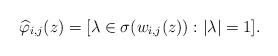
LaTeX: \begin{align*}\widehat{\varphi}_{i,j}(z)=[\lambda\in \sigma(w_{i,j}(z)): |\lambda|=1].\end{align*}